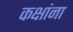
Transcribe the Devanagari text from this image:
कक्षांना